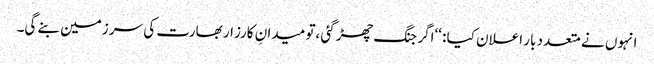
انہوں نے متعدد بار اعلان کیا : ‘‘اگر جنگ چھڑ گئی ،تو میدانِ کارزار بھارت کی سر زمین بنے گی۔